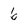
Character: 6